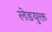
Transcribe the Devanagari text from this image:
लेडयुक्त